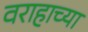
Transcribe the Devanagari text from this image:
वराहाच्या